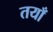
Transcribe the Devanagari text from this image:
तयाँ